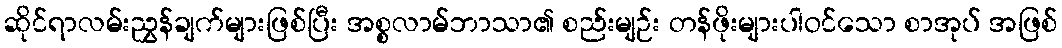
ဆိုင်ရာလမ်းညွှန်ချက်များဖြစ်ပြီး အစ္စလာမ်ဘာသာ၏ စည်းမျဉ်း တန်ဖိုးများပါဝင်သော စာအုပ် အဖြစ်